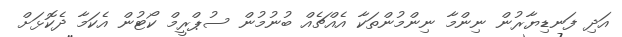
އަދި ފަނޑިޔާރުން ނިންމާ ނިންމުންތަކާ އެއްޗެއް ބުނުމުން ސުޕްރީމް ކޯޓުން އެކަމާ ދެކޮޅަށް